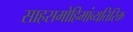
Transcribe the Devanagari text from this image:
साहसमोहिमांव्यतिरिक्त